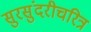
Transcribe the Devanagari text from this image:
सुरसुंदरीचरित्र